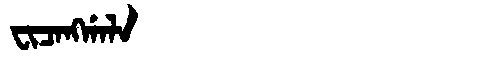
Manchu: ᠸᡳᠴᠠᠩᡤᠠᠯᠠ
Romanization: FICANGGALA